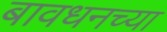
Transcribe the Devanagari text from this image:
बावधनच्या